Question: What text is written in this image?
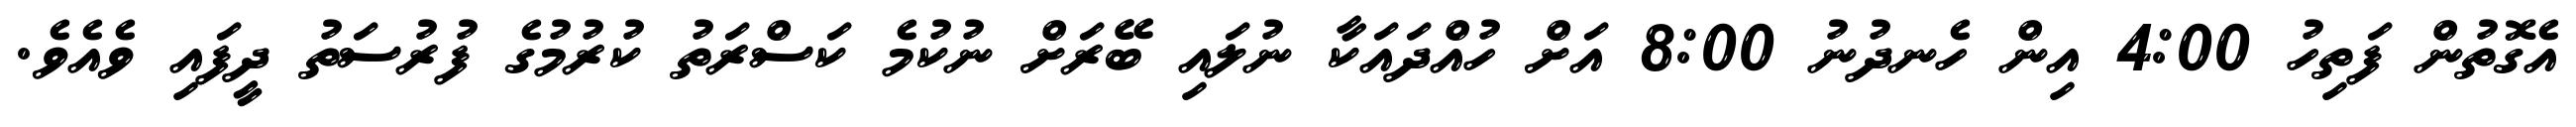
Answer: އެގޮތުން ފަތިހު 4:00 އިން ހެނދުނު 8:00 އަށް ހުއްދައަކާ ނުލައި ބޭރަށް ނުކުމެ ކަސްރަތު ކުރުމުގެ ފުރުސަތު ދީފައި ވެއެވެ.